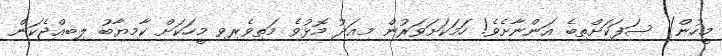
މީހުން) ސަފަކަށްތިބެ އަންނާށެވެ! ހަަމަކަށަވަރުން މިއަދު މޮޅުވެ މަތިވެރިވި މީހަކަށް ކާމިޔާބު ލިބިއްޖެކަން